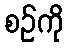
စဉ်ကို